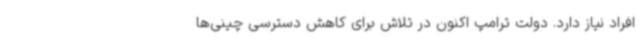
افراد نیاز دارد. دولت ترامپ اکنون در تلاش برای کاهش دسترسی چینی‌ها